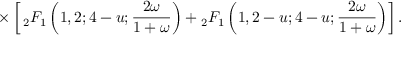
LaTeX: \times \left[ \, _ { 2 } F _ { 1 } \left( 1 , 2 ; 4 - u ; \frac { 2 \omega } { 1 + \omega } \right) + { } _ { 2 } F _ { 1 } \left( 1 , 2 - u ; 4 - u ; \frac { 2 \omega } { 1 + \omega } \right) \right] .